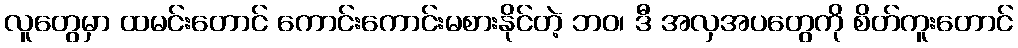
လူတွေမှာ ထမင်းတောင် ကောင်းကောင်းမစားနိုင်တဲ့ ဘဝ၊ ဒီ အလှအပတွေကို စိတ်ကူးတောင်